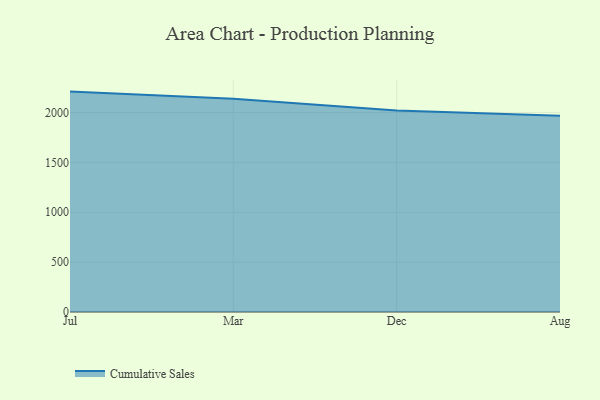
{"axis": {"x": "Month", "y": "Production Output"}, "legend": ["Cumulative Sales"], "data": [{"x": "Jul", "y": 2210.2, "type": "Cumulative Sales"}, {"x": "Mar", "y": 2139.3, "type": "Cumulative Sales"}, {"x": "Dec", "y": 2021.4, "type": "Cumulative Sales"}, {"x": "Aug", "y": 1967.6, "type": "Cumulative Sales"}]}